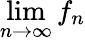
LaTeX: \operatorname*{lim}_{n\to\infty}f_{n}